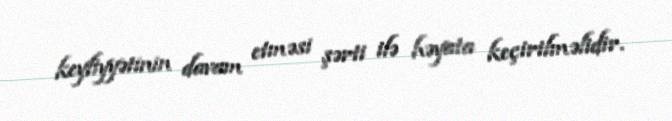
keyfiyyətinin davam etməsi şərti ilə həyata keçirilməlidir.